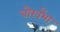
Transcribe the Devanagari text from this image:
चौखँभा